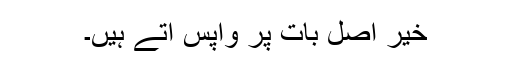
خیر اصل بات پر واپس آتے ہیں۔